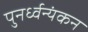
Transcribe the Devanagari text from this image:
पुनर्ध्वन्यंकन